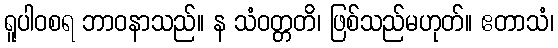
ရူပါဝစရ ဘာဝနာသည်။ န သံဝတ္တတိ၊ ဖြစ်သည်မဟုတ်။ ဧတာသံ၊